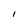
Character: i